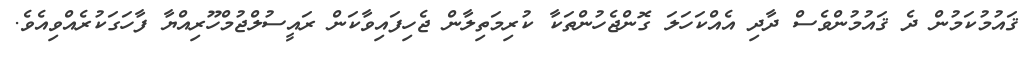
ޤައުމުކަމުން ދެ ޤައުމުންވެސް ދާދި އެއްކަހަލަ ގޮންޖެހުންތަކާ ކުރިމަތިލާން ޖެހިފައިވާކަން ރައީސުލްޖުމްހޫރިއްޔާ ފާހަގަކުރެއްވިއެވެ.